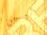
برجل